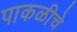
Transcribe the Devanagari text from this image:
पाकळीचे